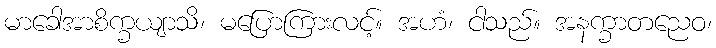
မာခေါအာစိက္ခယျာသိ၊ မပြောကြားလင့်။ အဟံ၊ ငါသည်။ အနက္ခာတညေဝ၊